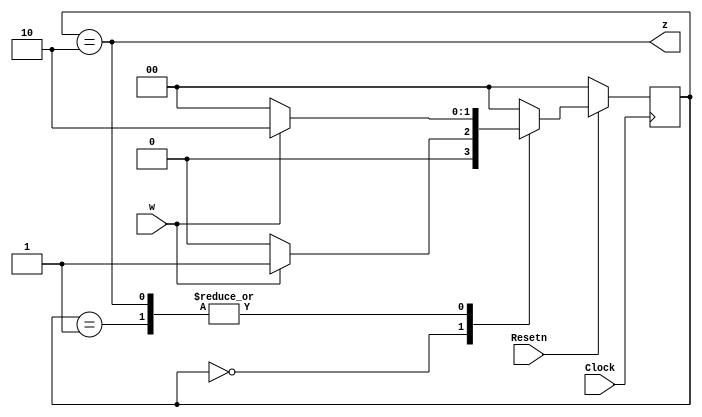
// This program was cloned from: https://github.com/haojunliu/OpenFPGA
// License: BSD 2-Clause "Simplified" License

/* pg 468 - simple fsm.  Note modified to synchronous */

module bm_DL_simple_fsm (Clock, Resetn, w, z); 
  input Clock, Resetn, w; 
  output z; 
  reg [1:0] y, Y; 
  parameter [1:0] A = 2'b00, B = 2'b01, C = 2'b10; 

  // Define the next state combinational circuit 
  always @(w or y) 
    case (y) 
      A:  if (w)    Y = B; 
        else    Y = A; 
      B:  if (w)    Y = C; 
        else    Y = A; 
      C:  if (w)    Y = C; 
        else    Y = A; 
      default:      Y = 2'b00; 
    endcase 

  // Define the sequential block 
  always @(posedge Clock) 
    if (Resetn == 1'b0) y <= A; 
    else y <= Y; 

  // Define output 
  assign z = (y == C); 

endmodule